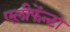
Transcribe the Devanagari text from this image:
एलीफेंन्टा